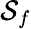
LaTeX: \mathcal{S}_{f}